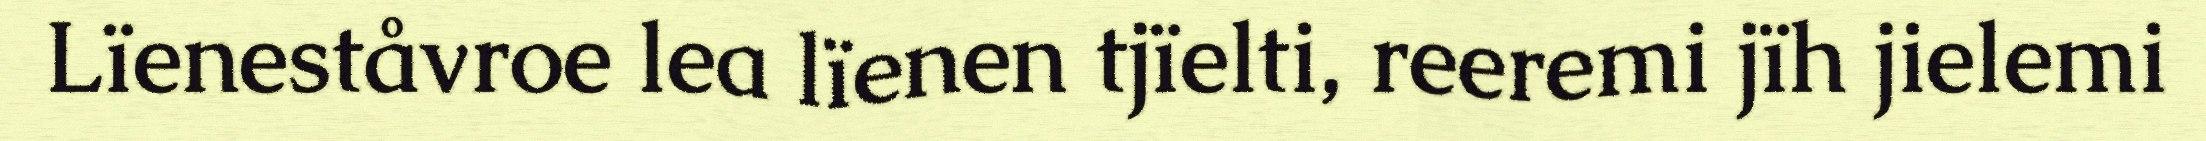
Lïeneståvroe lea lïenen tjïelti, reeremi jïh jielemi